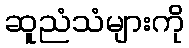
ဆူညံသံများကို